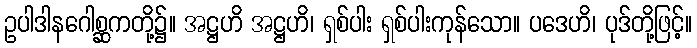
ဥပါဒါနဂေါစ္ဆကတို့၌။ အဋ္ဌဟိ အဋ္ဌဟိ၊ ရှစ်ပါး ရှစ်ပါးကုန်သော။ ပဒေဟိ၊ ပုဒ်တို့ဖြင့်။